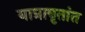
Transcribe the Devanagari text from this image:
यात्रावृतांत